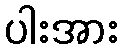
ပါးအား